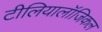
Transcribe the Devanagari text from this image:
टीलियालॉजिकल